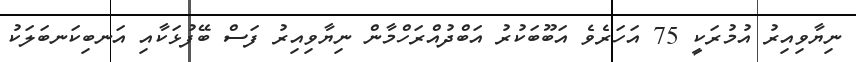
ނިޔާވިއިރު އުމުރަކީ 75 އަހަރެވެ އަބޫބަކުރު އަބްދުއްރަހްމާން ނިޔާވިއިރު ފަސް ބޭފުޅަކާއި އަނބިކަނބަލަކު